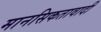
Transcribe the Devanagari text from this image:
मानसिकतावादी